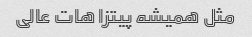
مثل همیشه پیتزا هات عالی